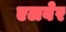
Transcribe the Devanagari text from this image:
एलबेर